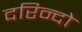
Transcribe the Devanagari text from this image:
दरिन्‍दो